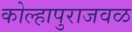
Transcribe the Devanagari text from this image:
कोल्हापुराजवळ